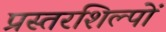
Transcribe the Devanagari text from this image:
प्रस्तरशिल्पों